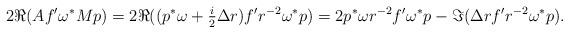
LaTeX: \begin{align*}2\Re(Af' \omega^* M p) &= 2\Re((p^*\omega + \tfrac{i}{2}\Delta r)f' r^{-2}\omega^*p) = 2p^*\omega r^{-2} f' \omega^*p - \Im(\Delta r f' r^{-2} \omega^* p).\end{align*}